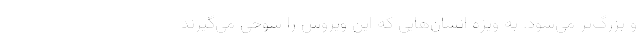
و بزرگ‌تر می‌شود. به ویژه انسان‌هایی که این ویروس را شوخی می‌گیرند